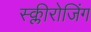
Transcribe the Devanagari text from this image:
स्क्लीरोजिंग